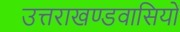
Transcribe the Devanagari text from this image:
उत्तराखण्डवासियों